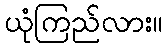
ယုံကြည်လား။